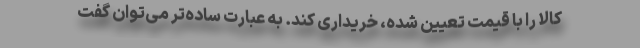
کالا را با قیمت تعیین شده، خریداری کند. به عبارت ساده‌تر می‌توان گفت